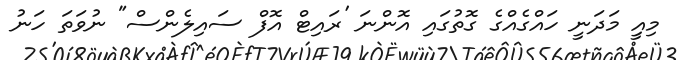
މިއިީ މަދަނީ ހައްގެއްގެ ގޮތުގައި އޮންނަ 'ރައިޓް އޮފް ސައިލެންސް" ނުވަތަ ހަނު